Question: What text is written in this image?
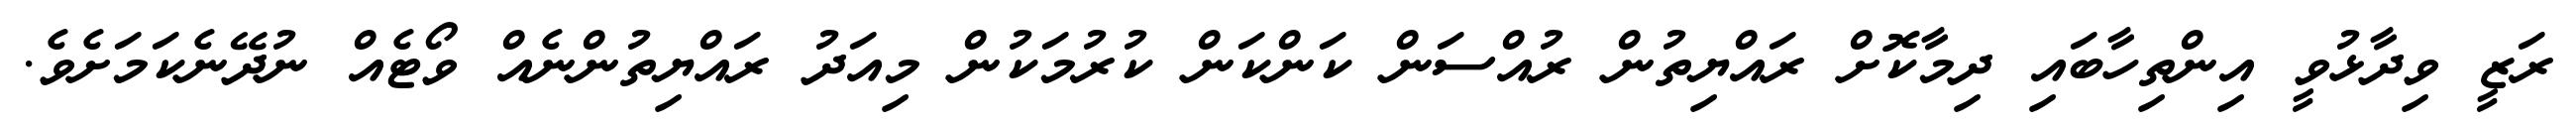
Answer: ރަޒީ ވިދާޅުވީ އިންތިހާބައި ދިމާކޮށް ރައްޔިތުން ރުއްސަން ކަންކަން ކުރުމަކުން މިއަދު ރައްޔިތުންނެއް ވޯޓެއް ނުދޭނެކަމަށެވެ.